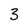
Character: 3